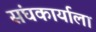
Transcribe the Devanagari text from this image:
संघकार्याला